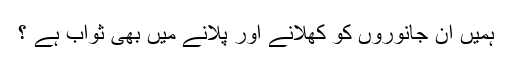
ہمیں ان جانوروں کو کھلانے اور پلانے میں بھی ثواب ہے ؟